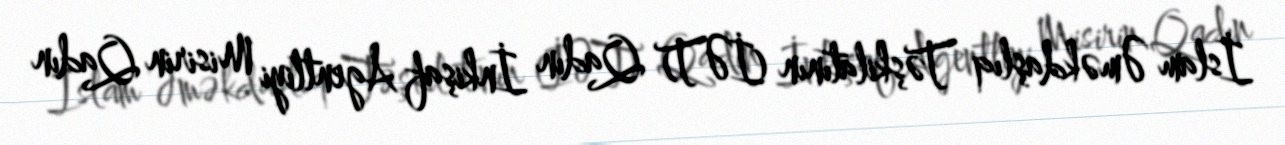
İslam Əməkdaşlıq Təşkilatının (İƏT) Qadın İnkişaf Agentliyi Misirin Qadın